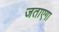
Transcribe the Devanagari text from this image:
जताएगा